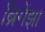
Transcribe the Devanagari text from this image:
ब्रिगेंझा